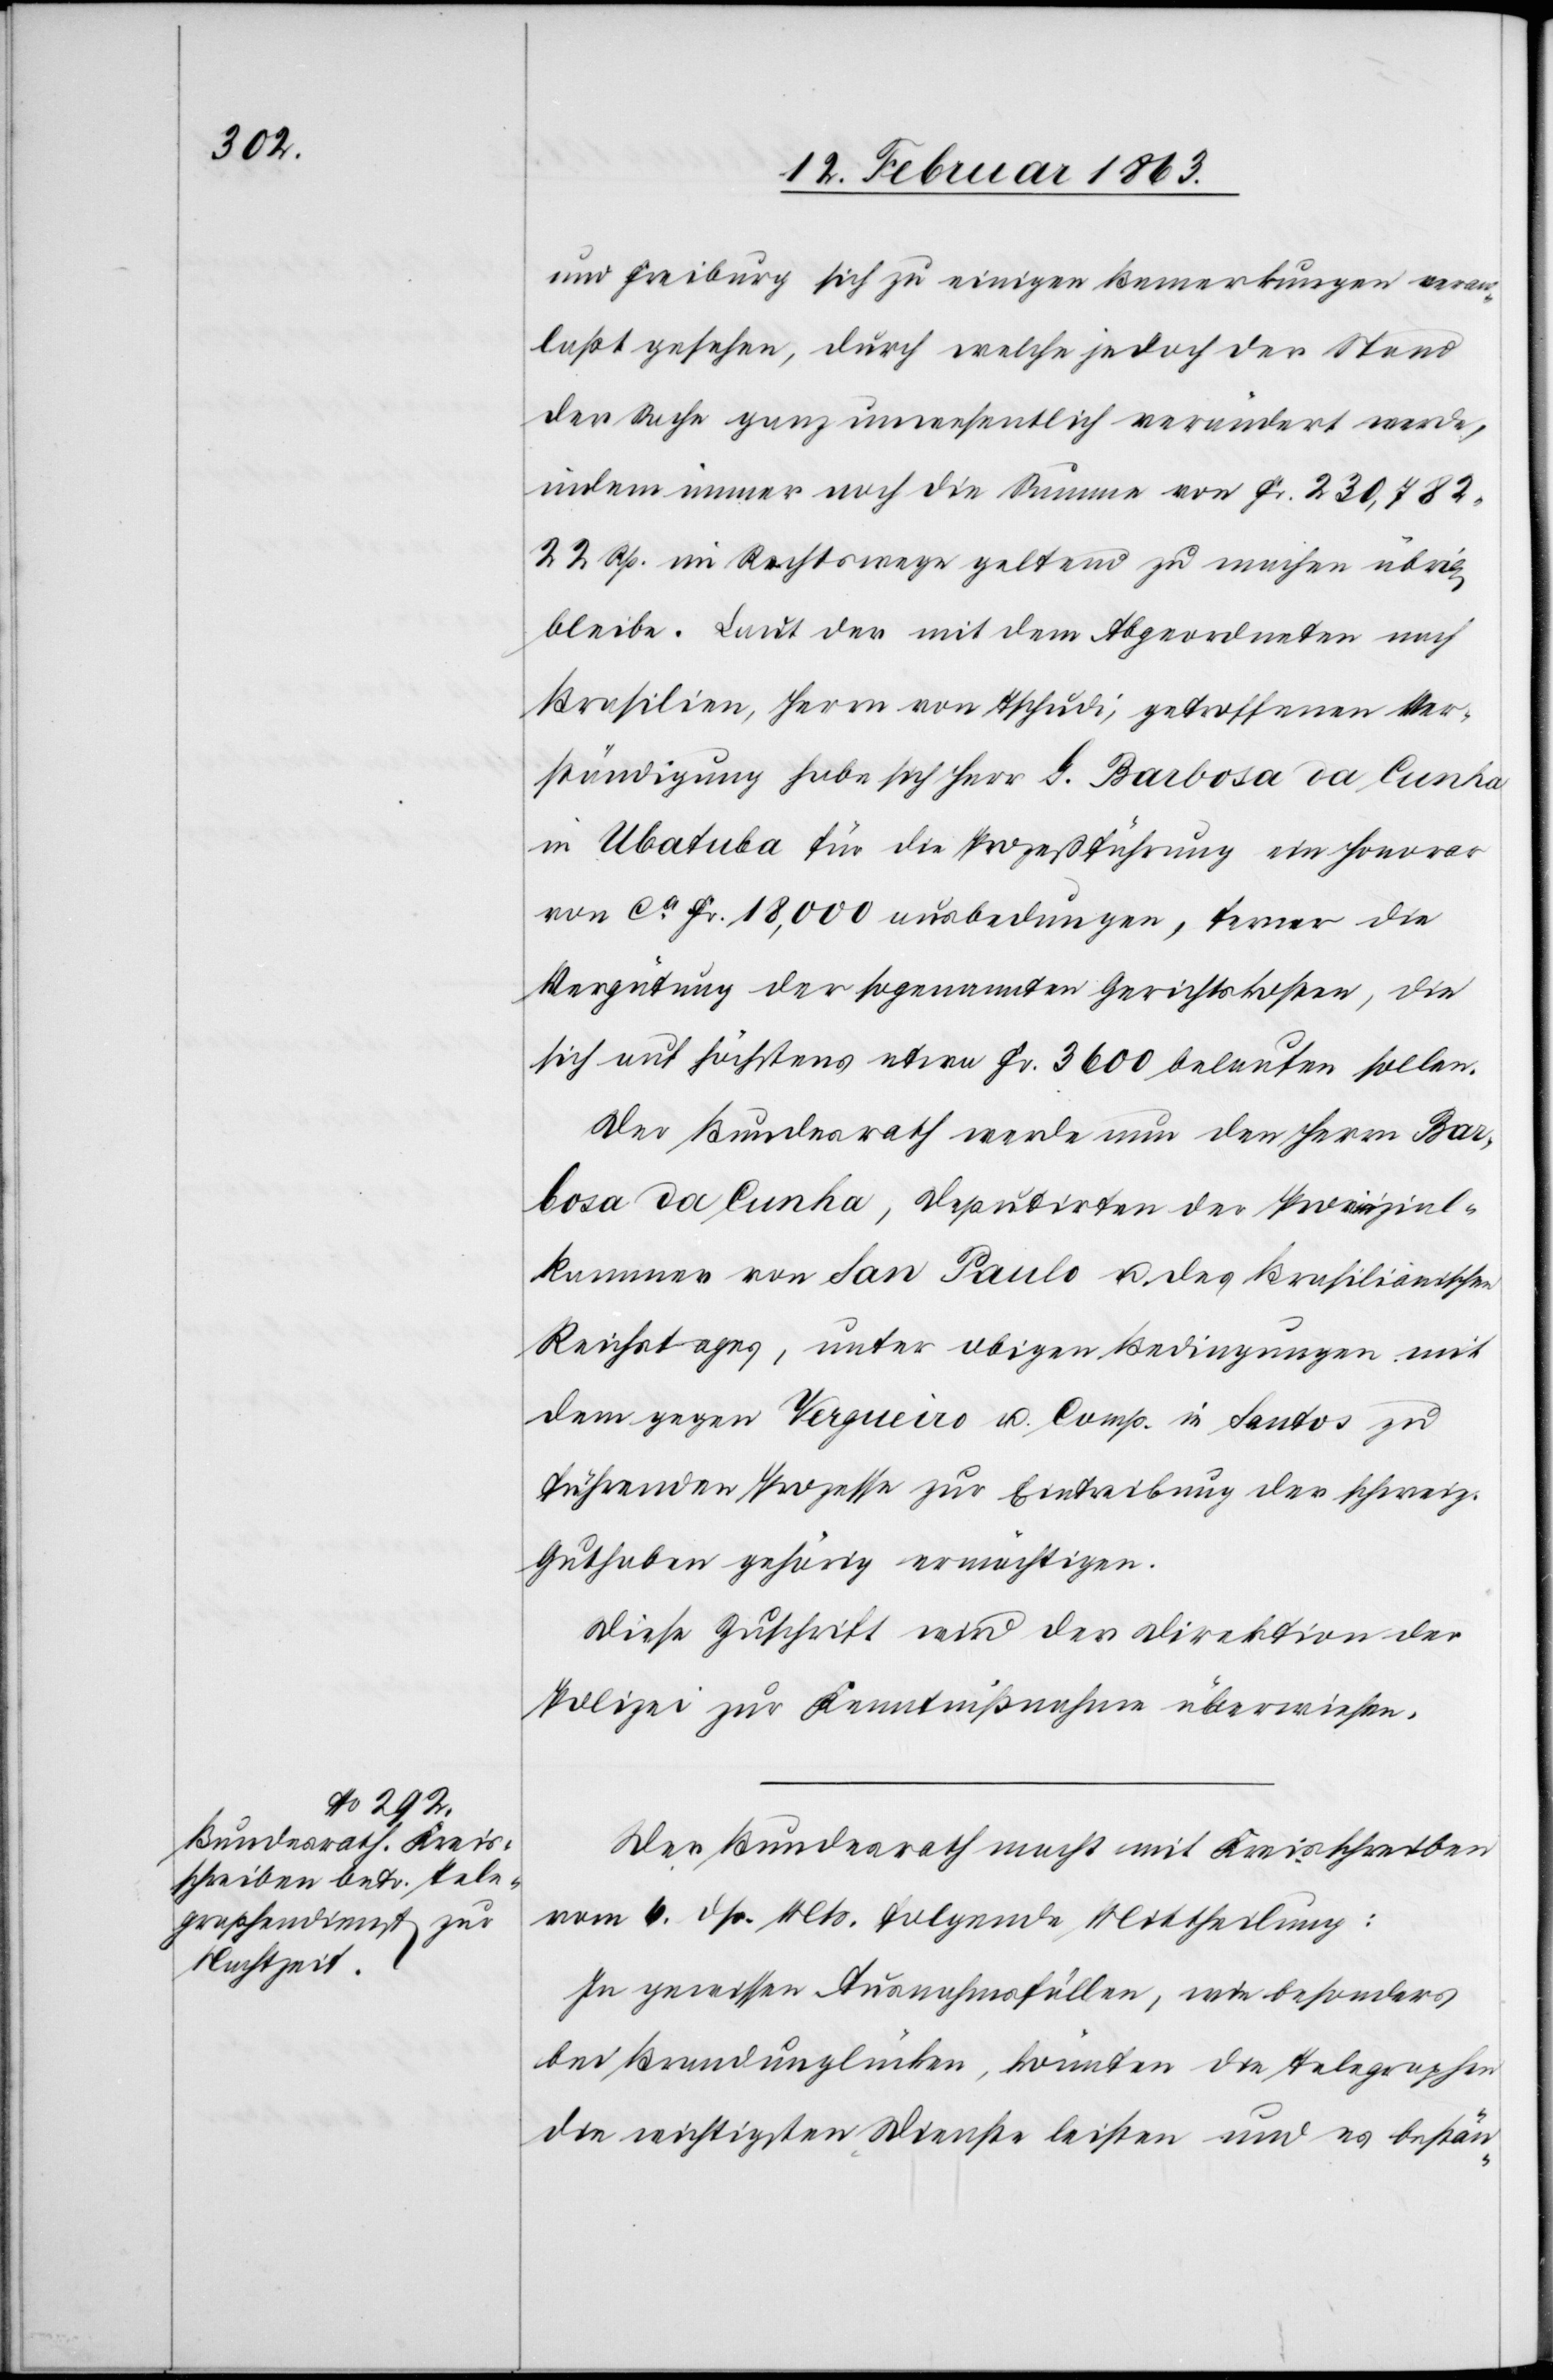
und Freiburg sich zu einigen Bemerkungen veran¬
laßt gesehen, durch welche jedoch der Stand
der Sache ganz unwesentlich verändert werde,
indem immer noch die Summe von Fr. 230,782.
22 Rp. im Rechtswege geltend zu machen übrig
bleibe. Laut der mit dem Abgeordneten nach
Brasilien, Herrn von Tschudi, getroffenen Ver¬
ständigung habe sich Herr G. Barbosa da Cunha
in Ubatuba für die Prozeßführung ein Honorar
von ca Fr. 18,000 ausbedungen, ferner die
Vergütung der sogenannten Gerichtskosten, die
sich auf höchstens etwa Fr. 3600 belaufen sollen.
Der Bundesrath werde nun den Herrn Bar¬
bosa da Cunha, Deputirten der Provinzial¬
kammer von San Paulo u. des Brasilianischen
Reichstages, unter obigen Bedingungen mit
dem gegen Vergueiro u. Comp. in Santos zu
führenden Prozesse zur Eintreibung der schweiz.
Guthaben gehörig ermächtigen.
Diese Zuschrift wird der Direktion der
Polizei zur Kenntnißnahme überwiesen.
Der Bundesrath macht mit Kreisschreiben
vom 6. dß. Mts. folgende Mittheilung:
In gewissen Ausnahmsfällen, wie besonders
bei Brandunglücken, könnten die Telegraphen
die wichtigsten Dienste leisten und es bestän-